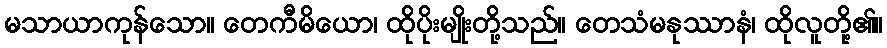
မသာယာကုန်သော။ တေကီမိယော၊ ထိုပိုးမျိုးတို့သည်။ တေသံမနုဿာနံ၊ ထိုလူတို့၏။